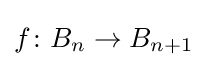
f\colon B_{n}\to B_{n+1}